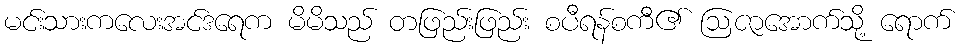
မင်းသားကလေးအင်ဒရေက မိမိသည် တဖြည်းဖြည်း စပီရန်စကီ၏ ဩဇာအောက်သို့ ရောက်